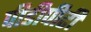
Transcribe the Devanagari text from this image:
पीडीपीटी